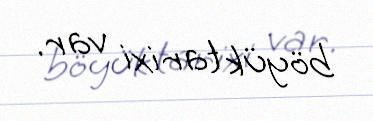
böyük tarixi var.